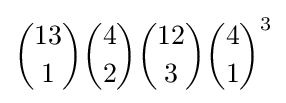
{13 \choose 1}{4 \choose 2}{12 \choose 3}{4 \choose 1}^{3}